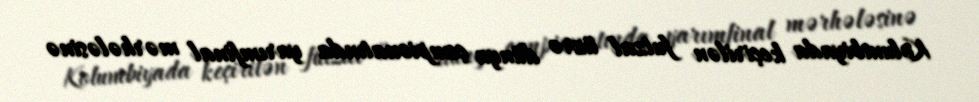
Kolumbiyada keçirilən futzal üzrə dünya çempionatında yarımfinal mərhələsinə